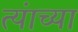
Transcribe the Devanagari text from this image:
त्यंाच्या